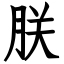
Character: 朕